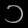
Digit: ၁